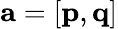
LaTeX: \mathbf{a}=\left[\mathbf{p},\mathbf{q}\right]